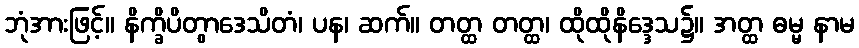
ဘုံအားဖြင့်။ နိက္ခိပိတွာဒေသိတံ၊ ပန၊ ဆက်။ တတ္ထ တတ္ထ၊ ထိုထိုနိဒ္ဒေသ၌။ အတ္ထ ဓမ္မ နာမ